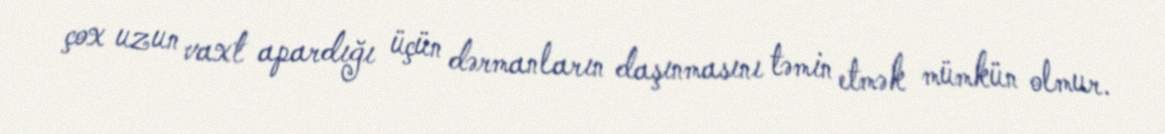
çox uzun vaxt apardığı üçün dərmanların daşınmasını təmin etmək mümkün olmur.